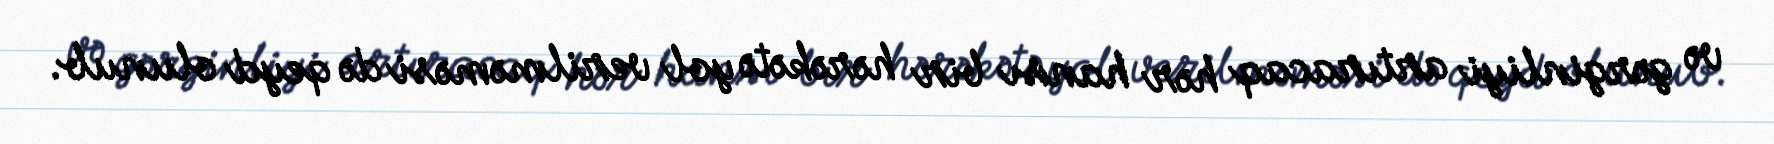
və gərginliyi artıracaq hər hansı bir hərəkətə yol verilməməsi də qeyd olunub.